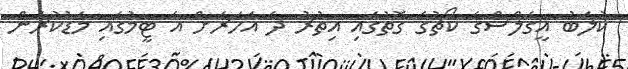
ކުލަބު އީގަލްސްގެ ކޯޗުގެ ގޮތުގައި އިތުރު ދެ އަހަރަށް އެ ޓީމުގައި މަޑުކުރަން